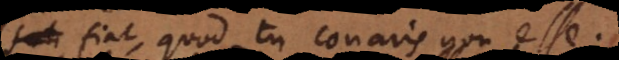
fiat, quod tu conaris non esse.